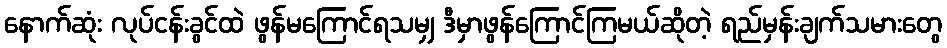
နောက်ဆုံး လုပ်ငန်းခွင်ထဲ ဖွန်မကြောင်ရသမျှ ဒီမှာဖွန်ကြောင်ကြမယ်ဆိုတဲ့ ရည်မှန်းချက်သမားတွေ